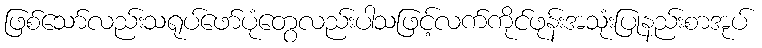
ဖြစ်သော်လည်းသရုပ်ဖော်ပုံတွေလည်းပါသဖြင့်လက်ကိုင်ဖုန်းအသုံးပြုနည်းစာအုပ်